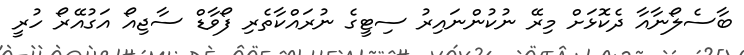
ބާސެލޯނާއާ ދެކޮޅަށް މިރޭ ނުކުންނައިރު ސިޓީގެ ނުރައްކާތެރި ފޯވާޑް ސާޖިއޯ އަގުއޭރޯ ހުރީ